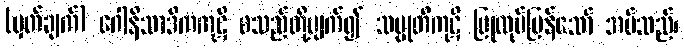
(မှတ်ချက်) ဂေါနိသာဒိကကုဋိ စသည်တို့ပျက်၍ သမ္မုတိကုဋိ ပြုလုပ်ပြန်သော် အပ်သည်၊